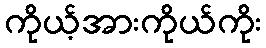
ကိုယ့်အားကိုယ်ကိုး